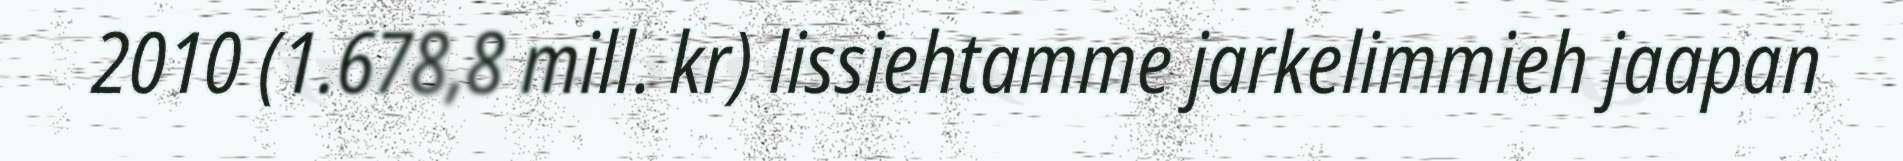
2010 (1.678,8 mill. kr) lissiehtamme jarkelimmieh jaapan